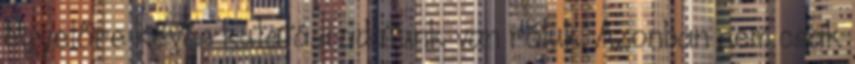
egyelőre kevés kutatási adatunk van róluk. Azonban nem csak